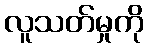
လူသတ်မှုကို